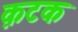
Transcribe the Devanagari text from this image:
क़टक